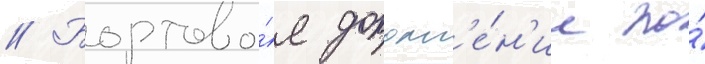
// Бортово́е дополн'е́н'ие по́